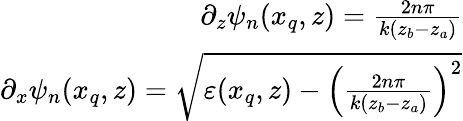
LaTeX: \begin{array}{r}{\partial_{z}\psi_{n}(x_{q},z)=\frac{2n\pi}{k(z_{b}-z_{a})}}\\ {\partial_{x}\psi_{n}(x_{q},z)=\sqrt{\varepsilon(x_{q},z)-\left(\frac{2n\pi}{k(z_{b}-z_{a})}\right)^{2}}}\end{array}